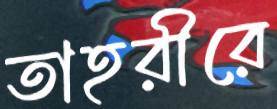
তাহরীরে